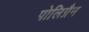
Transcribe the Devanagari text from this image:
पोलिग्रैम